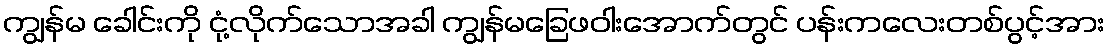
ကျွန်မ ခေါင်းကို ငုံ့လိုက်သောအခါ ကျွန်မခြေဖဝါးအောက်တွင် ပန်းကလေးတစ်ပွင့်အား